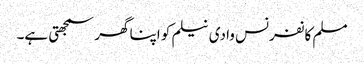
مسلم کانفرنس وادی نیلم کو اپنا گھر سمجھتی ہے۔